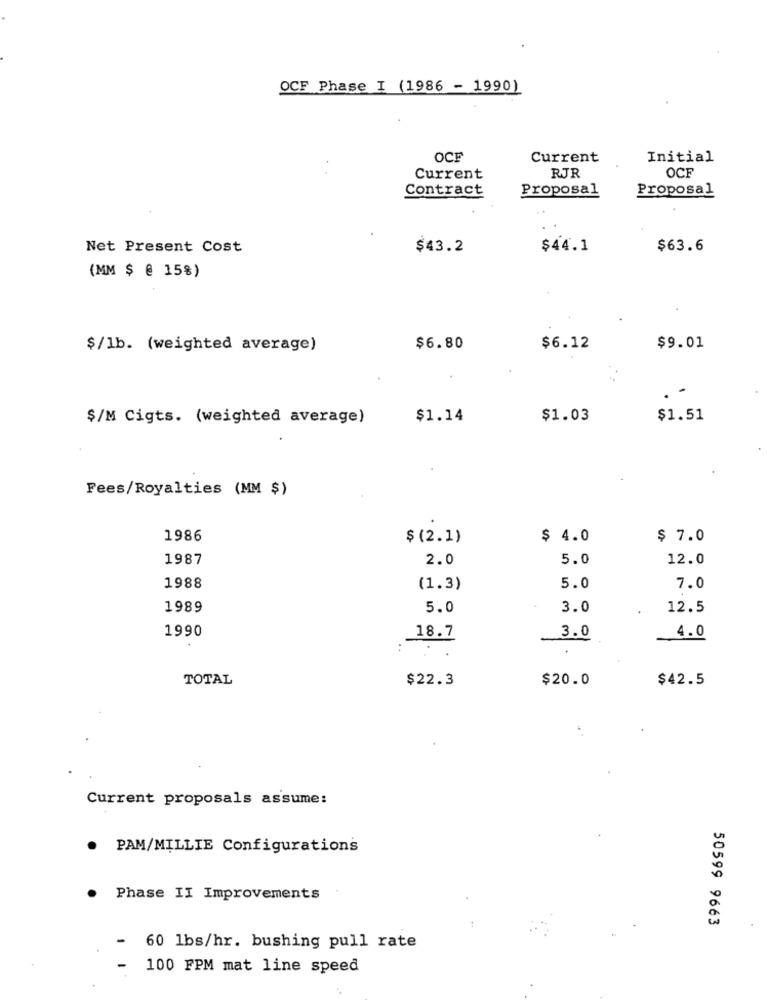
OCF Phase I (1986 - 1990)
OCF
Current
Initial
OCF
Current
RJR
Proposal
Proposal
Contract
Net Present Cost
$43.2
$44.1
$63.6
(MM $ @ 15%)
$/1b. (weighted average)
$6.80
$6.12
$9.01
$/M Cigts. (weighted average)
$1.14
$1.03
$1.51
Fees/Royalties (MM $)
1986
$ (2.1)
$ 4.0
$ 7.0
1987
2.0
5.0
12.0
1988
(1.3)
5.0
7.0
1989
5.0
3.0
12.5
1990
18.7
3.0
4.0
TOTAL
$22.3
$20.0
$42.5
Current proposals assume:
PAM/MILLIE Configurations
Phase II Improvements
50599 9663
- 60 lbs/hr. bushing pull rate
-
100 FPM mat line speed